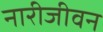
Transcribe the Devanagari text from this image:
नारीजीवन